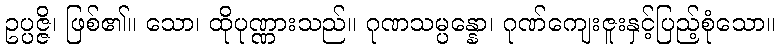
ဥပ္ပဇ္ဇိ၊ ဖြစ်၏။ သော၊ ထိုပုဏ္ဏားသည်။ ဂုဏသမ္ပန္နော၊ ဂုဏ်ကျေးဇူးနှင့်ပြည့်စုံသော။